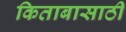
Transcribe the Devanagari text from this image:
किताबासाठी